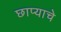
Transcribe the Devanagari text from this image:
छाप्याचे